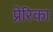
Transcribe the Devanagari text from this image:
प्रेरिका